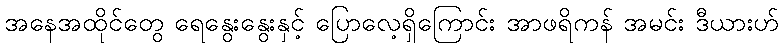
အနေအထိုင်တွေ ရေနွေးနွေးနှင့် ပြောလေ့ရှိကြောင်း အာဖရိကန် အမင်း ဒီယားဟ်